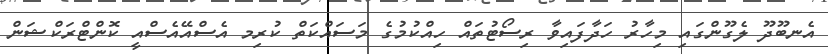
އެނބޫދޫ ލެގޫންގައި މިހާރު ހަދާފައިވާ ރިސޯޓުތައް ހިއްކުމުގެ މަސައްކަތް ކުރިމ އެސްއޭއެސްއީ ކޮންޓްރަކްޝަން